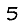
Digit: 5